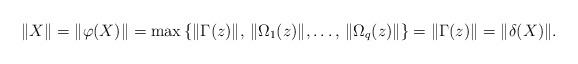
LaTeX: \begin{align*}\|X\|=\|\varphi(X)\|=\max\left\{\|\Gamma(z)\|,\,\|\Omega_1(z)\|,\dots,\,\|\Omega_q(z)\|\right\}=\|\Gamma(z)\|=\|\delta(X)\|.\end{align*}